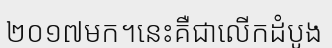
២០១៧មក។នេះគឺជាលើកដំបូង